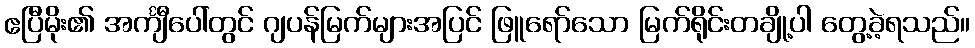
ဧပြီမိုး၏ အင်္ကျီပေါ်တွင် ဂျပန်မြက်များအပြင် ဖြူရော်သော မြက်ရိုင်းတချို့ပါ တွေ့ခဲ့ရသည်။